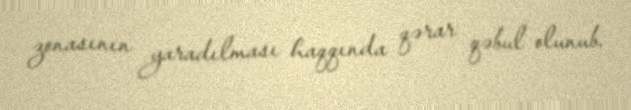
zonasının yaradılması haqqında qərar qəbul olunub.